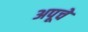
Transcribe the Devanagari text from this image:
अपूचे